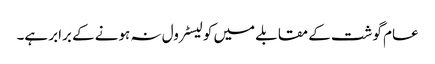
عام گوشت کے مقابلے میں کولیسٹرول نہ ہونے کے برابر ہے۔